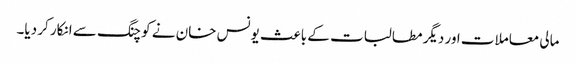
مالی معاملات اور دیگر مطالبات کے باعث یونس خان نے کوچنگ سے انکار کر دیا۔